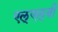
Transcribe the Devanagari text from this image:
एल्‌एल्‌बी